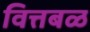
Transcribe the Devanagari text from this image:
वित्तबळ